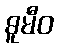
ဓူမီဝ